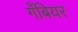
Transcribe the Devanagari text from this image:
गँबियर